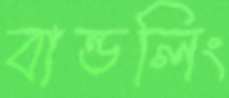
বান্ডলিং